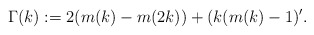
\begin{align*}\Gamma(k):=2(m(k)-m(2k))+(k(m(k)-1)'.\end{align*}